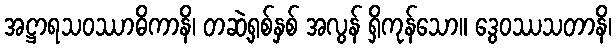
အဋ္ဌာရသဝဿာဓိကာနိ၊ တဆဲ့ရှစ်နှစ် အလွန် ရှိကုန်သော။ ဒွေဝဿသတာနိ၊